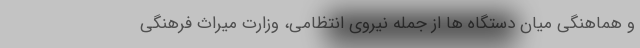
و هماهنگی میان دستگاه ها از جمله نیروی انتظامی، وزارت میراث فرهنگی